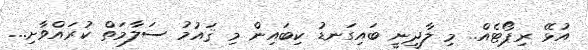
އުޅޭ ރިޕޯޓެއް.. މި ލާދީނީ ބައިގަނޑު ކިބައިން މި ޤައުމު ސަލާމަތް ކުރައްވާށި...